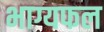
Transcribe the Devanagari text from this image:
भाग्यफल